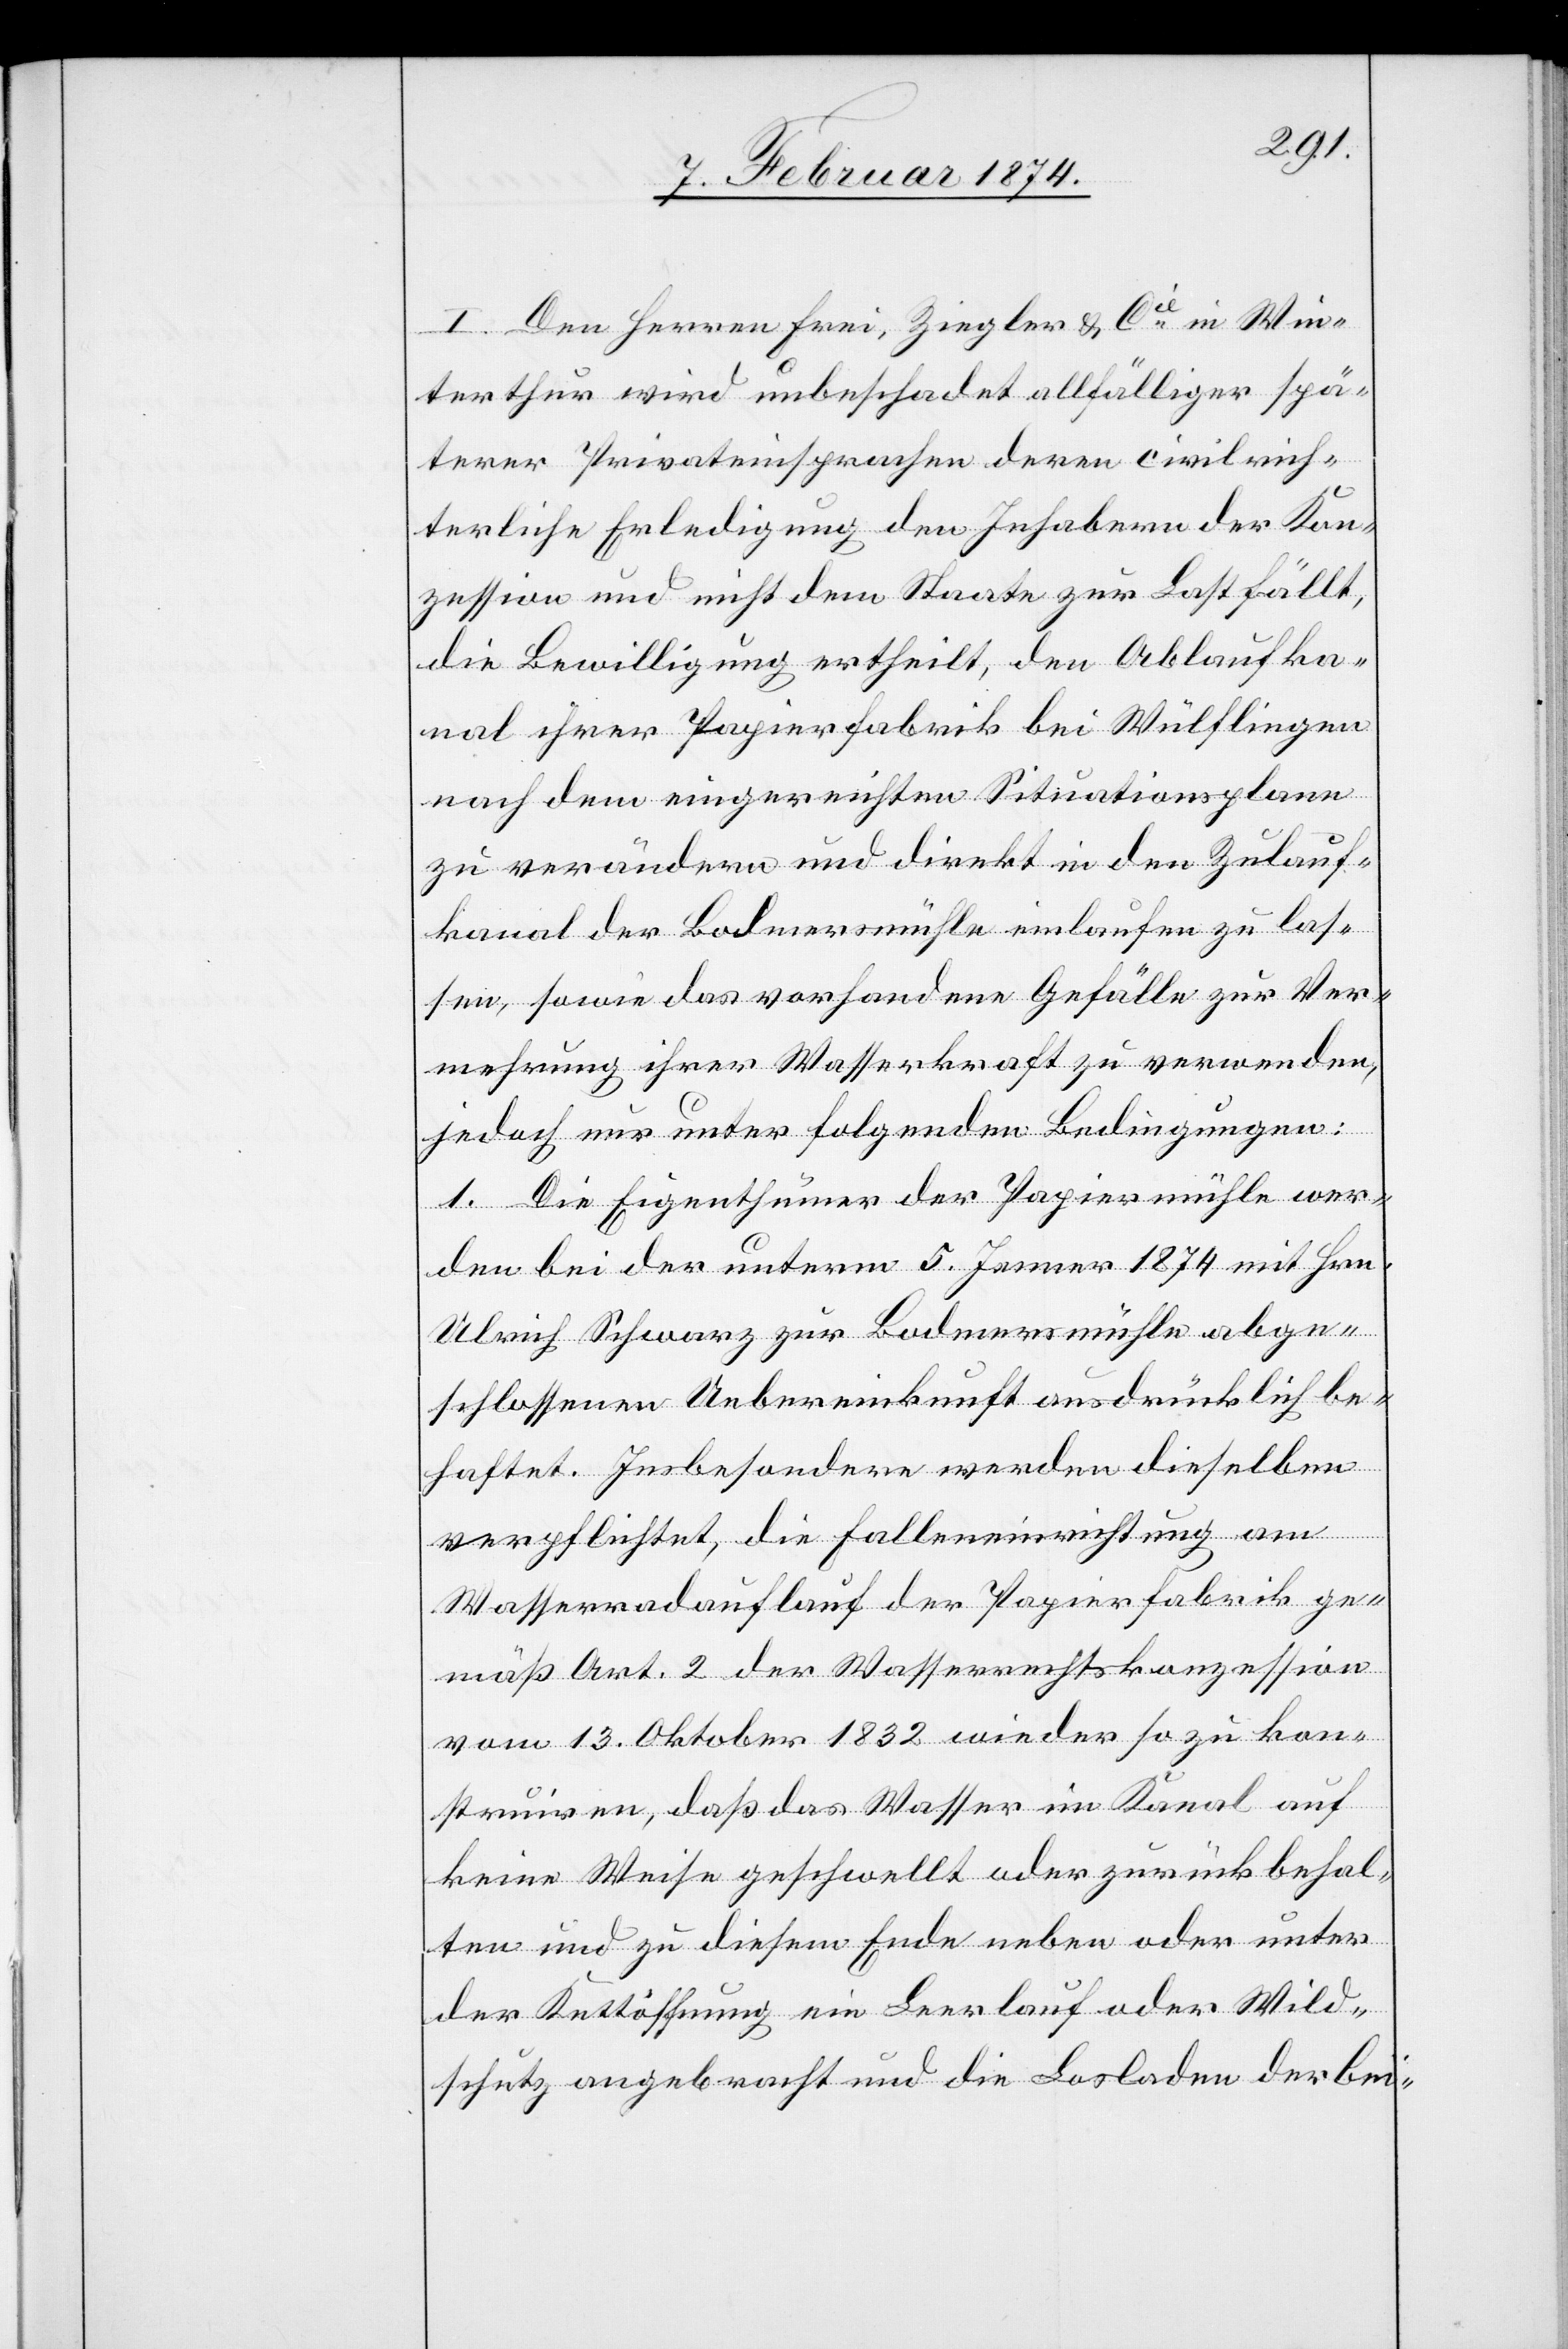
I. Den Herren Frei, Ziegler u. Cie in Win¬
terthur wird unbeschadet allfälliger spä¬
terer Privateinsprachen deren civilrich¬
terliche Erledigung den Inhabern der Kon¬
zession und nicht dem Staate zur Last fällt,
die Bewilligung ertheilt, den Ablaufka¬
nal ihrer Papierfabrik bei Wülflingen
nach dem eingereichten Situationsplane
zu verändern und direkt in den Zulauf¬
kanal der Bodmersmühle einlaufen zu las¬
sen, sowie das vorhandene Gefälle zur Ver¬
mehrung ihrer Wasserkraft zu verwenden,
jedoch nur unter folgenden Bedingungen.
1. Die Eigenthümer der Papiermühle wer¬
den bei der unterm 5. Jenner 1874 mit Hrn.
Ulrich Schwarz zur Bodmersmühle abge¬
schlossenen Uebereinkunft ausdrücklich be¬
haftet. Insbesondere werden dieselben
verpflichtet, die Falleneinrichtung am
Wasserradauflauf der Papierfabrik ge¬
mäß Art. 2 der Wasserrechtskonzession
vom 13. Oktober 1832 wieder so zu kon¬
struiren, daß das Wasser im Kanal auf
keine Weise geschwellt oder zurückbehal¬
ten und zu diesem Ende neben oder unter
der Kettöffnung ein Leerlauf oder Wild¬
schutz angebracht und die Losladen der bei-